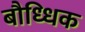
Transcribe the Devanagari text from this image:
बौध्धिक